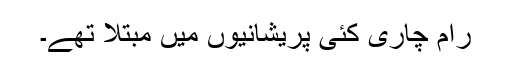
رام چاری کئی پریشانیوں میں مبتلا تھے۔